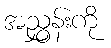
အညွှန်းကို